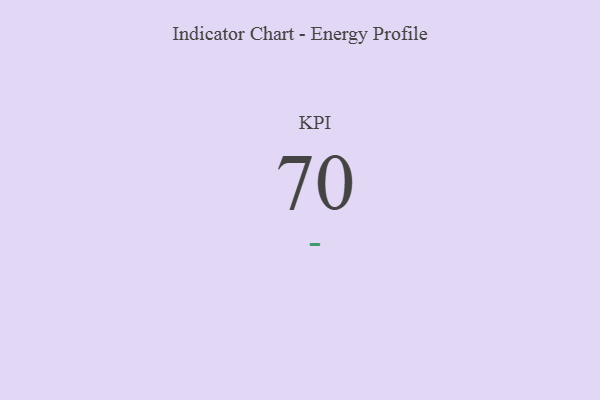
{"axis": {"x": "KPI", "y": "Value"}, "legend": [""], "data": [{"x": "KPI", "y": 70, "type": ""}]}